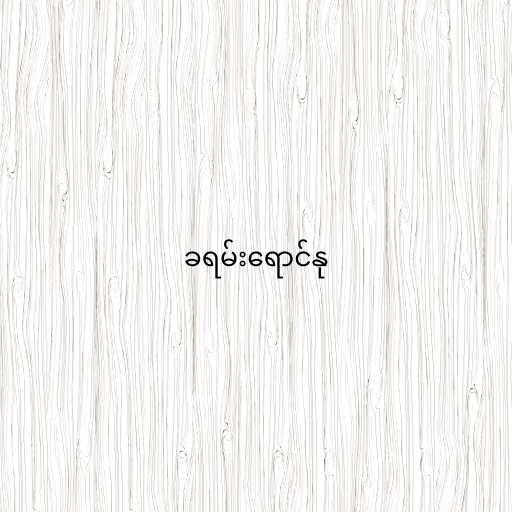
ခရမ်းရောင်နု